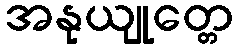
အနုယျုတ္တေ